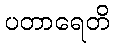
ပတာရေတိ